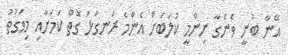
އޭނާ ބުނީ ވެންގާ ނިންމީ ކުލަބަށް އެންމެ ރަނގަޅު ގޮތް ކަމަށާއި މިވަގުތު